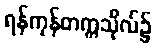
ရန်ကုန်တက္ကသိုလ်၌